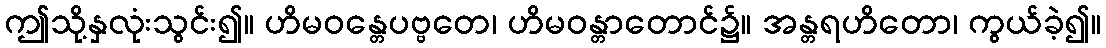
ဤသို့နှလုံးသွင်း၍။ ဟိမဝန္တေပဗ္ဗတေ၊ ဟိမဝန္တာတောင်၌။ အန္တရဟိတော၊ ကွယ်ခဲ့၍။